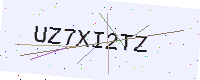
Text: UZ7XI2TZ